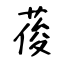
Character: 葰